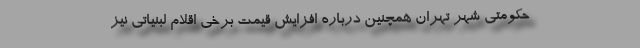
حکومتی شهر تهران همچنین درباره افزایش قیمت برخی اقلام لبنیاتی نیز